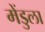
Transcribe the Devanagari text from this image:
मेंडुला